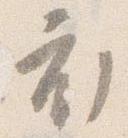
衣